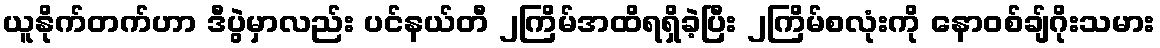
ယူနိုက်တက်ဟာ ဒီပွဲမှာလည်း ပင်နယ်တီ ၂ကြိမ်အထိရရှိခဲ့ပြီး ၂ကြိမ်စလုံးကို နောဝစ်ချ်ဂိုးသမား